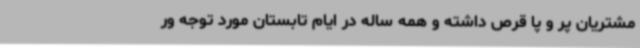
مشتریان پر و پا قرص داشته و همه ساله در ایام تابستان مورد توجه ور